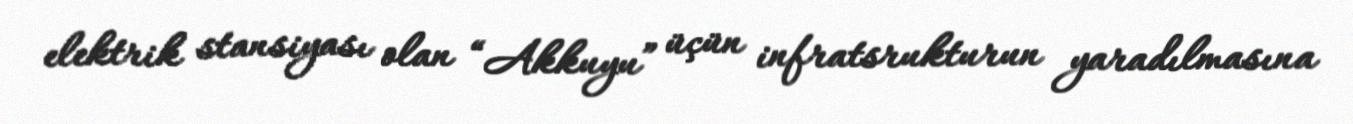
elektrik stansiyası olan “Akkuyu” üçün infratsrukturun yaradılmasına